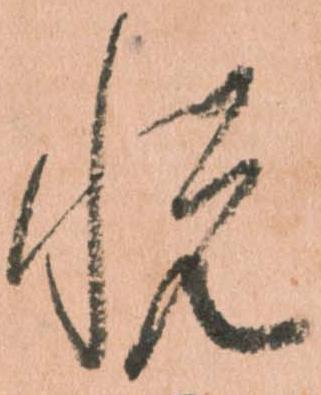
悦